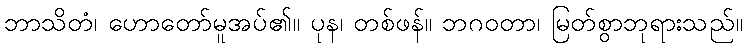
ဘာသိတံ၊ ဟောတော်မူအပ်၏။ ပုန၊ တစ်ဖန်။ ဘဂဝတာ၊ မြတ်စွာဘုရားသည်။